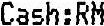
CASH:RM